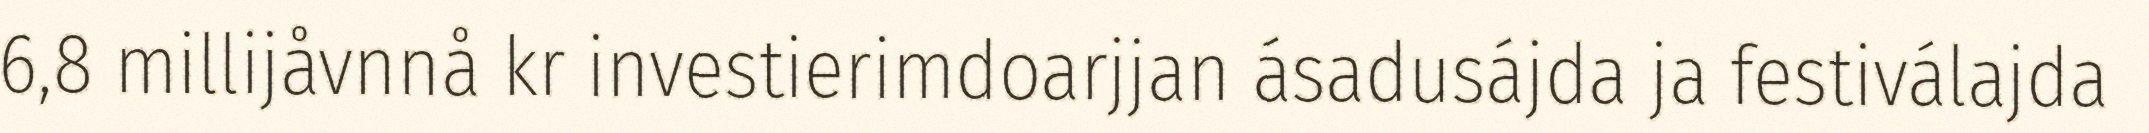
6,8 millijåvnnå kr investierimdoarjjan ásadusájda ja festiválajda